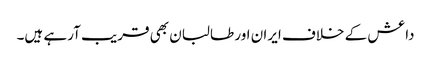
داعش کے خلاف ایران اور طالبان بھی قریب آرہے ہیں۔